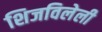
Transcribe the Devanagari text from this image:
शिजविलेली